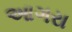
આગરા